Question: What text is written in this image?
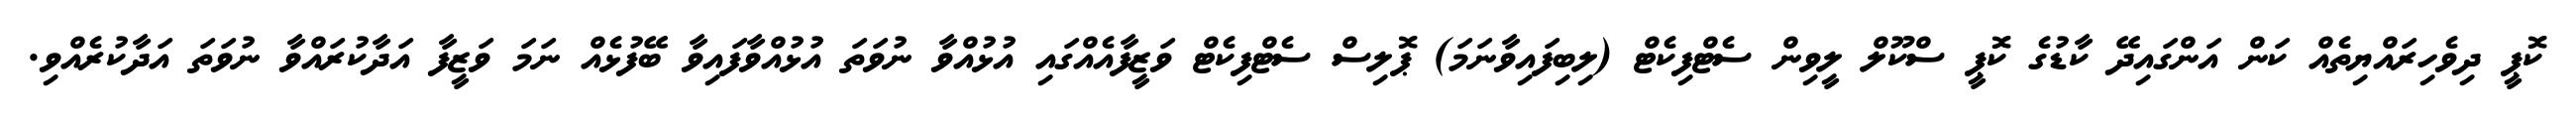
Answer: ކޮޕީ ދިވެހިރައްޔިތެއް ކަން އަންގައިދޭ ކާޑުގެ ކޮޕީ ސްކޫލް ލީވިން ސެޓްފިކެޓް (ލިބިފައިވާނަމަ) ޕޮލިސް ސެޓްފިކެޓް ވަޒީފާއެއްގައި އުޅުއްވާ ނުވަތަ އުޅުއްވާފައިވާ ބޭފުޅެއް ނަމަ ވަޒީފާ އަދާކުރައްވާ ނުވަތަ އަދާކުރެއްވި.